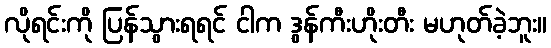
လိုရင်းကို ပြန်သွားရရင် ငါက ဒွန်ကီးဟိုးတီး မဟုတ်ခဲ့ဘူး။